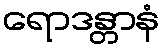
ရောဒန္တာနံ